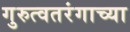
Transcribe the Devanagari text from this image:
गुरुत्वतरंगाच्या